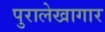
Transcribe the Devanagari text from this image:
पुरालेखागार